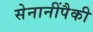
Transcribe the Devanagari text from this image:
सेनानींपैकी